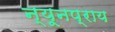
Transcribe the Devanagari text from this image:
न्यूनप्राय